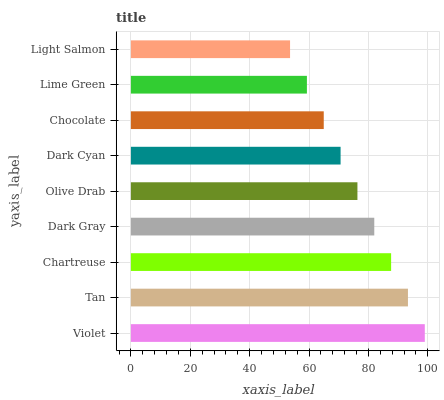
| yaxis_label | bars |
 | --- | --- |
 | Violet | 99 |
 | Tan | 93.3 |
 | Chartreuse | 87.7 |
 | Dark Gray | 82 |
 | Olive Drab | 76.3 |
 | Dark Cyan | 70.6 |
 | Chocolate | 65 |
 | Lime Green | 59.3 |
 | Light Salmon | 53.6 |